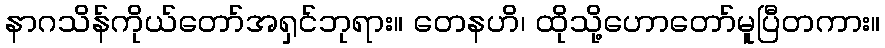
နာဂသိန်ကိုယ်တော်အရှင်ဘုရား။ တေနဟိ၊ ထိုသို့ဟောတော်မူပြီတကား။